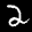
Label: 2